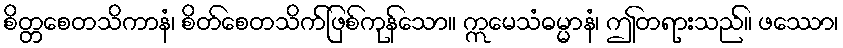
စိတ္တစေတသိကာနံ၊ စိတ်စေတသိက်ဖြစ်ကုန်သော။ ဣမေသံဓမ္မာနံ၊ ဤတရားသည်။ ဖဿော၊